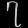
Digit: ၇